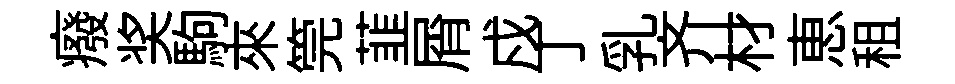
癈奖駒來筦韮屑戍丁乳齐材恵租